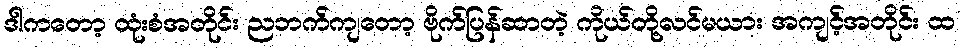
ဒါကတော့ ထုံးစံအတိုင်း ညဘက်ကျတော့ ဗိုက်ပြန်ဆာတဲ့ ကိုယ်တို့လင်မယား အကျင့်အတိုင်း ထ